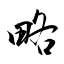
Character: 略